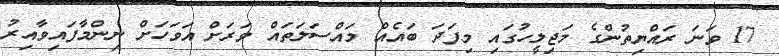
17 ވަނަ ރައްޔިތުންގެ މަޖިލީހުގައި މިފަދަ ބައެއް މައްސަލަތައް ވަރަށް އަވަހަށް ނިންމާފައިވާއިރު